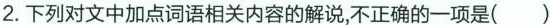
2. 下列对文中加点词语相关内容的解说，不正确的一项是( )